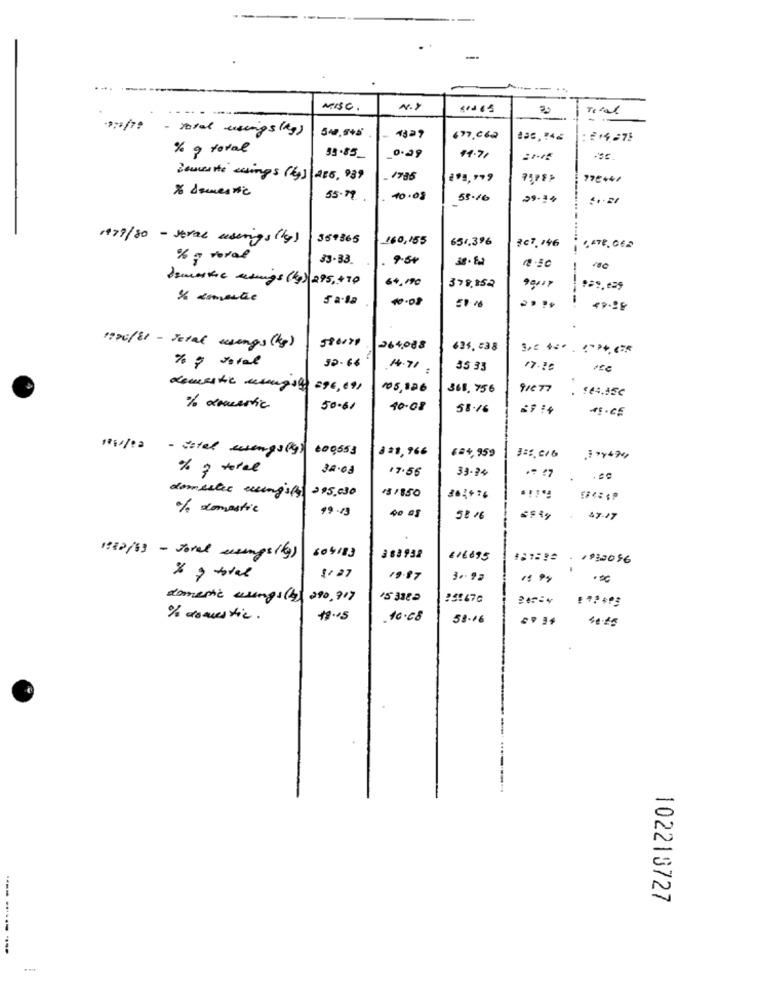
--
....
MISE.
N.Y
Total
- total usings (kg)
54,5+5
1829
677,062
: £ 14.275
% of total
0.39
95.85_
14.71
Zanussi wings (kg) 285, 989
1785
772444
% domestic
55.19
10.08
55.16
29.34
1+79/80 - stral usings (kg)
359365
160,155
654.3%
3c7.146
% avoral
83.33
12.50
100
Semestre erings (kg) 295,490
64.190
378,852
5 a-la
10:08
---.
49.98
1770/81 - Jetal wings (kg)
264,088
635 .= 38
30.66
#4-71
35 33
17.35
domestic mungog 296, 091
105,126
368, 756
91877
. $44.45€
% deertic
50.00
40.08
58.16
"://12 - vatel essengs(g) co0553
821,966
684,959
% 3 tarel
32.08
17.55
39.74
295,030
131850
domestic erings(3)
30%+36
% domestic
99-13
37.17
604183
1:32/63 - Joral esings(g)
388932
€16695
#1:32 . 1932056
8127
19.87
3 .. 92
domestic wings (4) 290,91)
255676
% domestic.
19.05
10.08
58-16
102218727